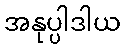
အနုပ္ပါဒါယ